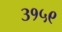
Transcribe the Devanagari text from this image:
३१५९